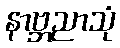
နာဗ္ဘညာသုံ